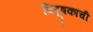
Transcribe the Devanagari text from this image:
विदूषकांची